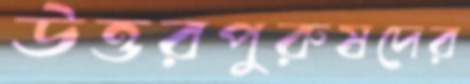
উত্তরপুরুষদের